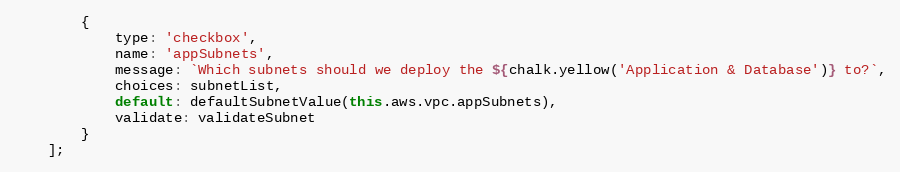
Language: JavaScript
        {
            type: 'checkbox',
            name: 'appSubnets',
            message: `Which subnets should we deploy the ${chalk.yellow('Application & Database')} to?`,
            choices: subnetList,
            default: defaultSubnetValue(this.aws.vpc.appSubnets),
            validate: validateSubnet
        }
    ];